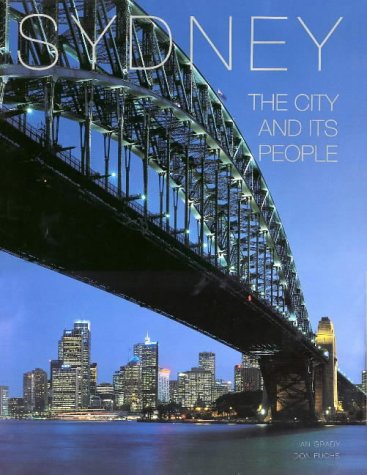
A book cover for Sydney: The City and Its People; Ian Grady; Travel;